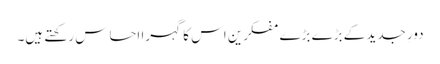
دورِ جدید کے بڑے بڑے مفکرین اس کا گہرا احساس رکھتے ہیں۔